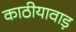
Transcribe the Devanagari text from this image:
काठीयावाड़